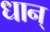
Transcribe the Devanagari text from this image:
धान्